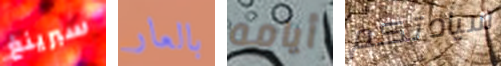
سبرينغ بالعار أيامه سيادتكم